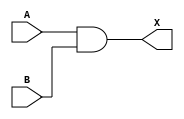
module sky130_fd_sc_hd__and2 (
    X,
    A,
    B
);

    // Module ports
    output X;
    input  A;
    input  B;

    // Local signals
    wire and0_out_X;

    //  Name  Output      Other arguments
    and and0 (and0_out_X, A, B           );
    buf buf0 (X         , and0_out_X     );

endmodule